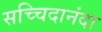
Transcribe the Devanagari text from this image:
सच्चिदानंदा